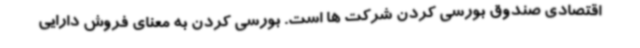
اقتصادی صندوق بورسی کردن شرکت ها است. بورسی کردن به معنای فروش دارایی